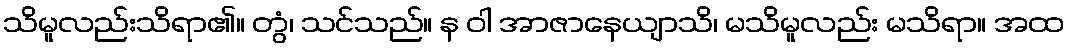
သိမူလည်းသိရာ၏။ တွံ၊ သင်သည်။ န ဝါ အာဇာနေယျာသိ၊ မသိမူလည်း မသိရာ။ အထ